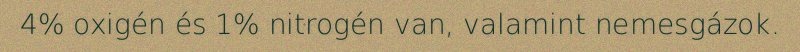
4% oxigén és 1% nitrogén van, valamint nemesgázok.